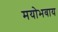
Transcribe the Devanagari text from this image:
मयोभवाय